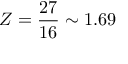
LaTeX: Z = { \frac { 2 7 } { 1 6 } } \sim 1 . 6 9